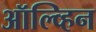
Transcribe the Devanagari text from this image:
ऑल्व्हिन